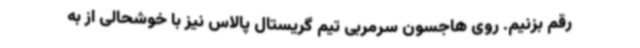
رقم بزنیم. روی هاجسون سرمربی تیم گریستال پالاس نیز با خوشحالی از به